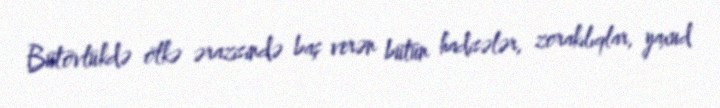
Bütövlükdə ölkə ərazisində baş verən bütün hadisələr, zorakılıqlar, yaxud